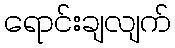
ရောင်းချလျက်